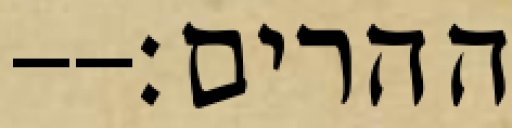
ההרים׃--